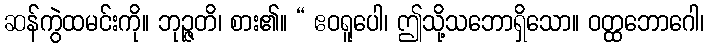
ဆန်ကွဲထမင်းကို။ ဘုဉ္ဇတိ၊ စား၏။ “ ဧဝရူပေါ၊ ဤသို့သဘောရှိသော။ ဝတ္ထဘောဂေါ၊